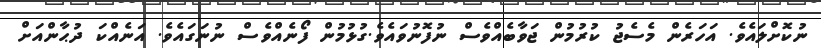
ނުކޮށްލައެވެ. އަހަރެން މެސެޖު ކުރުމުން ޖަވާބެއްވެސް ނުފޮނުވައެވެ.ގުޅުމުން ފޯނެއްވެސް ނުނަގައެވެ. އަނެއްކަ ދުޙާންއަށް